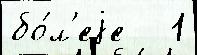
бо́л'еjе   1